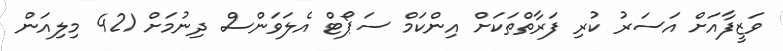
ވަޒީފާއަށް އަސަރު ކުރި ފަރާތްތަކަށް އިންކަމް ސަޕޯޓް އެލަވަންސް ދިނުމަށް 421 މިލިއަން